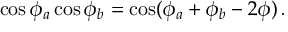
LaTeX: \cos \phi _ { a } \cos \phi _ { b } = \cos ( \phi _ { a } + \phi _ { b } - 2 \phi ) \, .